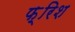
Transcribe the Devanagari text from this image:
फ़्रिश